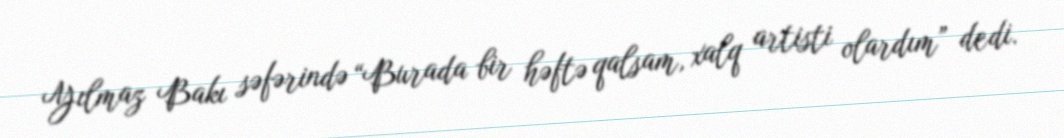
Yılmaz Bakı səfərində “Burada bir həftə qalsam, xalq artisti olardım” dedi.